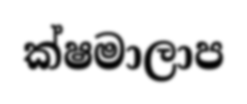
ක්ෂමාලාප